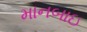
માનબાઇ